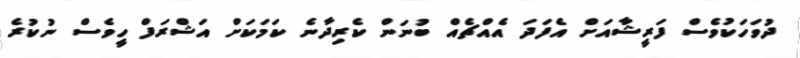
ދުވަހަކުވެސް ފަރީޝާއަށް އެފަދަ އެއްޗެއް ބުނަން ކެރިދާނެ ކަމަކަށް އަޝްރަފް ހީވެސް ނުކުރެ